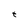
Character: t